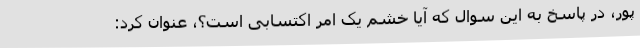
پور، در پاسخ به این سوال که آیا خشم یک امر اکتسابی است؟، عنوان کرد: